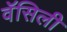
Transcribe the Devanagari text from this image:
वॅसिली